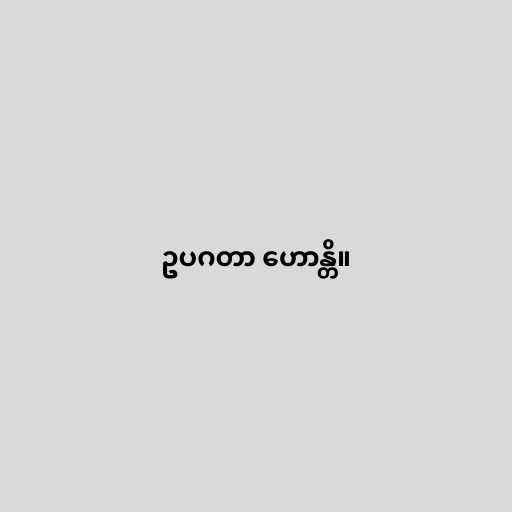
ဥပဂတာ ဟောန္တိ။